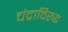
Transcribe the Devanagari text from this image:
चंद्राविरुद्ध